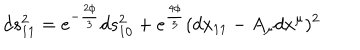
d s _ { 1 1 } ^ { 2 } = e ^ { - { \frac { 2 \phi } { 3 } } } d s _ { 1 0 } ^ { 2 } + e ^ { \frac { 4 \phi } { 3 } } ( d x _ { 1 1 } - A _ { \mu } d x ^ { \mu } ) ^ { 2 }